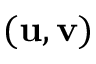
( \mathbf { u } , \mathbf { v } )